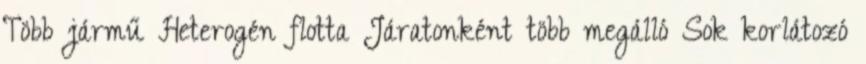
Több jármű Heterogén flotta Járatonként több megálló Sok korlátozó